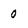
Character: 0